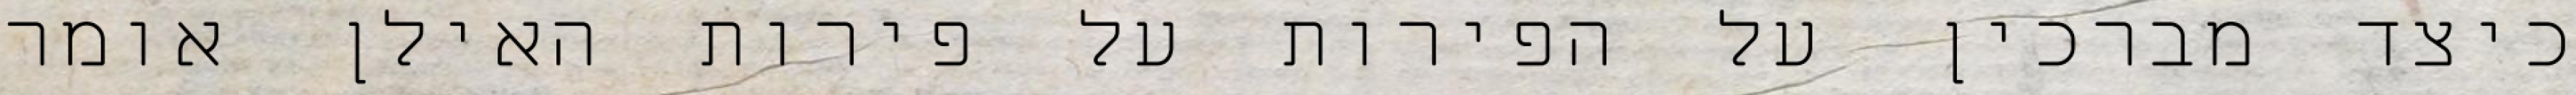
כיצד מברכין על הפירות על פירות האילן אומר